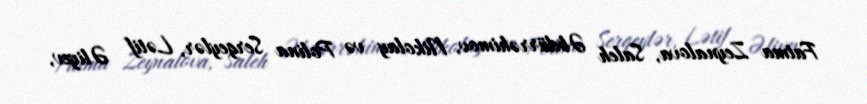
Fatma Zeynalova, Saleh Əbdürrəhimov, Nikolay və Polina Sergeylər, Lətif Əliyev,